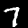
Label: 7